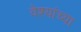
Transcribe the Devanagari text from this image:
वेश्यांच्या